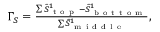
\begin{array} { r } { \Gamma _ { S } = \frac { \sum \tilde { S } _ { \mathrm { ~ t ~ o ~ p ~ } } ^ { 1 } - \tilde { S } _ { \mathrm { ~ b ~ o ~ t ~ t ~ o ~ m ~ } } ^ { 1 } } { \sum \tilde { S } _ { \mathrm { ~ m ~ i ~ d ~ d ~ l ~ e ~ } } ^ { 1 } } , } \end{array}